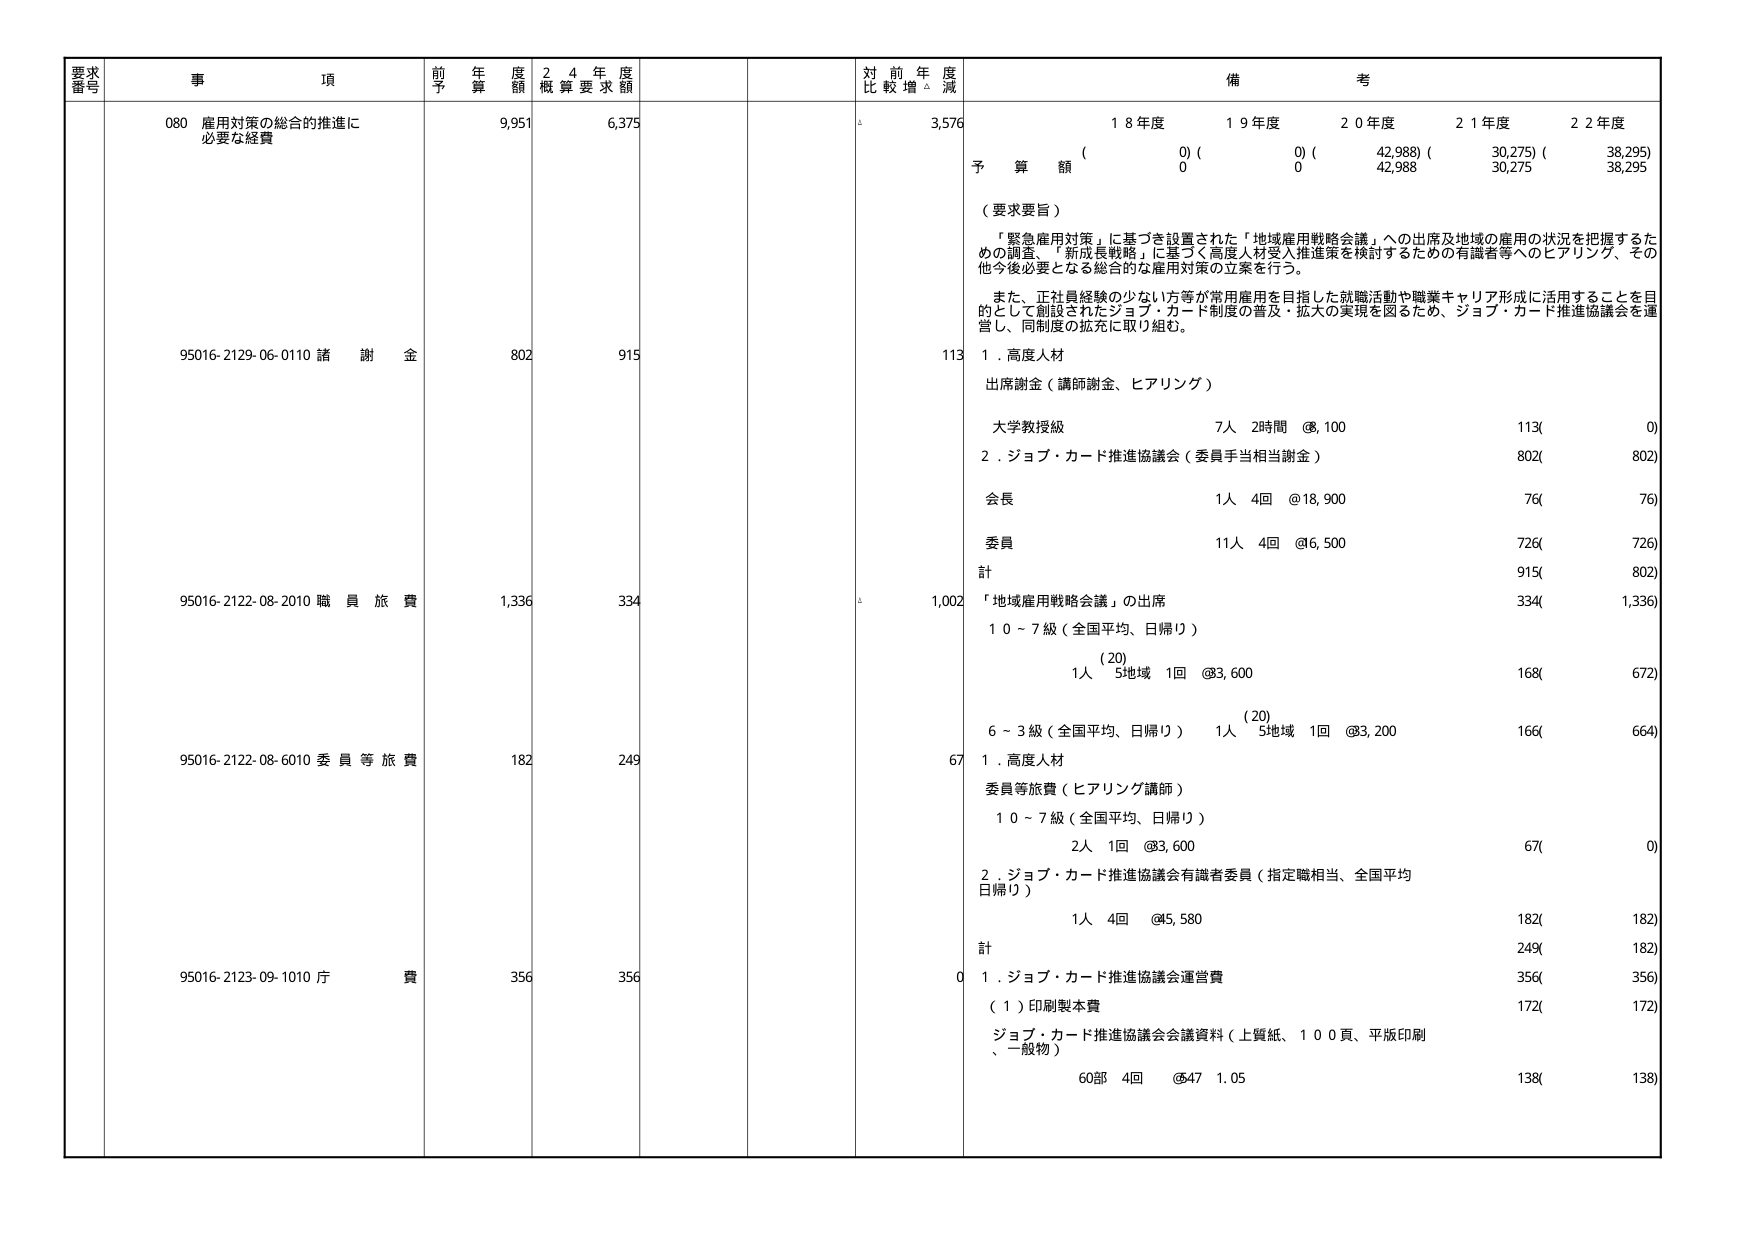
要求番号 事項 前年度予算額 24年度概算要求額 対前年度比較増減 備考
080 雇用対策の総合的推進に必要な経費 9,951 6,375 △ 3,576 18年度 19年度 20年度 21年度 22年度
( 0) ( 0) ( 42,988) ( 30,275) ( 38,295)
予算額 0 0 42,988 30,275 38,295
（要求要旨）
「緊急雇用対策」に基づき設置された「地域雇用戦略会議」への出席及地域の雇用の状況を把握するための調査、「新成長戦略」に基づく高度人材受入推進策を検討するための有識者等へのヒアリング、その他今後必要となる総合的な雇用対策の立案を行う。
また、正社員経験の少ない方等が常用雇用を目指した就職活動や職業キャリア形成に活用することを目的として創設されたジョブ・カード制度の普及・拡大の実現を図るため、ジョブ・カード推進協議会を運営し、同制度の拡充に取り組む。
95016-2129-06-0110 諸謝金 802 915 113 1．高度人材
出席謝金（講師謝金、ヒアリング）
大学教授級 7人 2時間 @8,100 113( 0)
2．ジョブ・カード推進協議会（委員手当相当謝金） 802( 802)
会長 1人 4回 @18,900 76( 76)
委員 11人 4回 @6,500 726( 726)
計 915( 802)
95016-2122-08-2010 職員旅費 1,336 334 △ 1,002 「地域雇用戦略会議」の出席
10～7級（全国平均、日帰り）
(20)
1人 5地域 1回 @83,600 168( 672)
6～3級（全国平均、日帰り） 1人 5地域 1回 @83,200 166( 664)
95016-2122-08-6010 委員等旅費 182 249 67 1．高度人材
委員等旅費（ヒアリング講師）
10～7級（全国平均、日帰り）
2人 1回 @83,600 67( 0)
2．ジョブ・カード推進協議会有識者委員（指定職相当、全国平均日帰り）
1人 4回 @45,580 182( 182)
計 249( 182)
95016-2123-09-1010 庁費 356 356 0 1．ジョブ・カード推進協議会運営費
（1）印刷製本費 172( 172)
ジョブ・カード推進協議会会議資料（上質紙、100頁、平版印刷、一般物）
60部 4回 @47 1.05 138( 138)